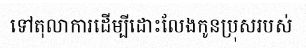
ទៅតុលាការដើម្បីដោះលែងកូនប្រុសរបស់